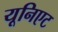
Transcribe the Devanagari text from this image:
यूनिएट